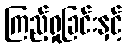
ကြည့်ရှုခြင်းနှင့်